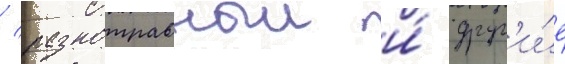
/ разнотравныи и́ друг'и́е